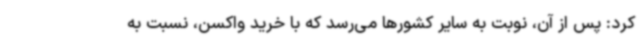
کرد: پس از آن، نوبت به سایر کشورها می‌رسد که با خرید واکسن، نسبت به